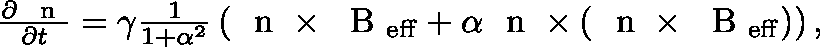
\begin{array} { r } { \frac { \partial \mathrm { ~ \boldmath ~ n ~ } } { \partial t } = \gamma \frac { 1 } { 1 + \alpha ^ { 2 } } \left( \mathrm { ~ \boldmath ~ n ~ } \times \mathrm { ~ \boldmath ~ B ~ } _ { \mathrm { e f f } } + \alpha \mathrm { ~ \boldmath ~ n ~ } \times \left( \mathrm { ~ \boldmath ~ n ~ } \times \mathrm { ~ \boldmath ~ B ~ } _ { \mathrm { e f f } } \right) \right) , } \end{array}